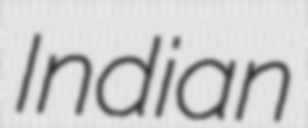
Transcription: Indian